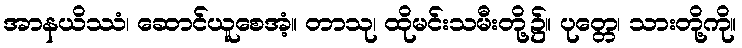
အာနယိဿံ၊ ဆောင်ယူစေအံ့။ တာသု၊ ထိုမင်းသမီးတို့၌။ ပုတ္တေ၊ သားတို့ကို။